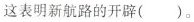
这表明新航路的开辟( )。